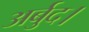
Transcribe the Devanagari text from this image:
अर्बुद।